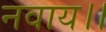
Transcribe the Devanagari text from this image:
नवाय।।